Leaving Certificate Examination (including Day School Certificate (Higher) General paper), 1939
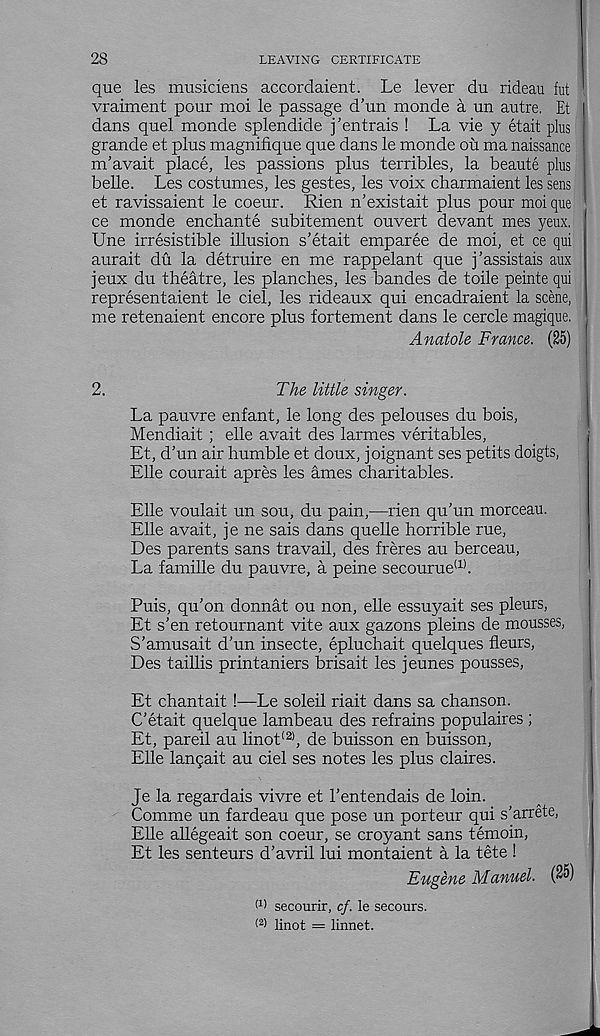
28
LEAVING CERTIFICATE
que les musiciens accordaient. Le lever du rideau fut
vraiment pour moi le passage d’un monde a un autre. Et
dans quel monde splendide j’entrais ! La vie y etait plus
grande et plus magnifique que dans le monde ou ma naissance
m’avait place, les passions plus terribles, la beaute plus
belle. Les costumes, les gestes, les voix charmaient les sens
et ravissaient le coeur. Rien n’existait plus pour moi que
ce monde enchante subitement ouvert devant mes yeux.
Une irresistible illusion s’etait emparee de moi, et ce qui
aurait du la detruire en me rappelant que j’assistais aux
jeux du theatre, les planches, les bandes de toile peinte qui
representaient le del, les rideaux qui encadraient la scene,
me retenaient encore plus fortement dans le cercle magique.
Anatole France. (25)
2.
The little singer.
La pauvre enfant, le long des pelouses du bois,
Mendiait ; elle avait des larmes veritables,
Et, d’un air humble et doux, joignant ses petits doigts,
Elle courait apres les ames charitables.
Elle voulait un sou, du pain,—rien qu’un morceau.
Elle avait, je ne sais dans quelle horrible rue,
Des parents sans travail, des freres au berceau,
La famille du pauvre, a peine secourue (1) .
Puis, qu’on donnat ou non, elle essuyait ses pleurs,
Et s’en retournant vite aux gazons pleins de mousses,
S’amusait d’un insecte, epluchait quelques fleurs,
Des taillis printaniers brisait les jeunes pousses,
Et chantait !—Le soldi riait dans sa chanson.
C’etait quelque lambeau des refrains populaires ;
Et, pared au linot (2) , de buisson en buisson,
Elle lan$ait au ciel ses notes les plus claires.
Je la regardais vivre et 1’entendais de loin.
Comme un fardeau que pose un porteur qui s’arrete,
Elle allegeait son coeur, se croyant sans temoin,
Et les senteurs d’avril lui montaient a la tete !
Eugene Manuel. (25)
W secourir, cf. le secours.
linot = linnet.